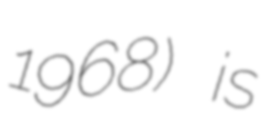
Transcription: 1968) is